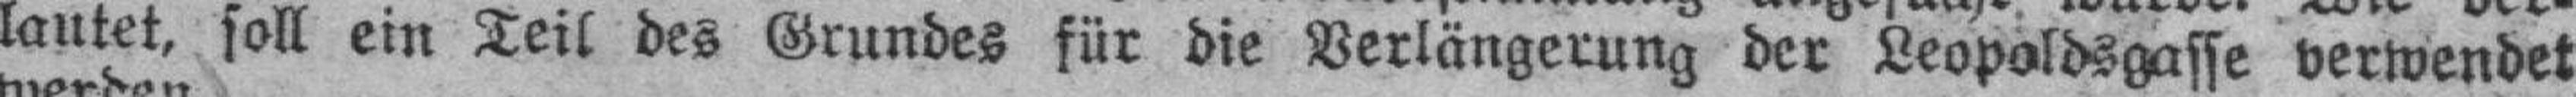
lautet, soll ein Teil des Grundes für die Verlängerung der Leopoldsgasse verwendet